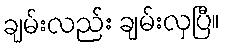
ချမ်းလည်း ချမ်းလှပြီ။